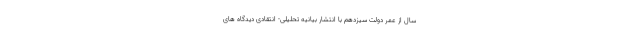
سال از عمر دولت سیزدهم با انتشار بیانیه تحلیلی- انتقادی دیدگاه های